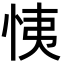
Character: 恞